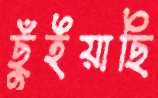
ছুঁইয়াছি